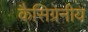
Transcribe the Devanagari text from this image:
कैसिग्रेनीय